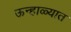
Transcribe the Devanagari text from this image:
ऊन्हाळ्यात